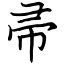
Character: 帚